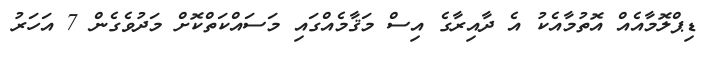
ޑިޕްލޮމާއެއް އޮތުމާއެކު އެ ދާއިރާގެ އިސް މަޤާމެއްގައި މަސައްކަތްކޮށް މަދުވެގެން 7 އަހަރު